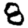
Digit: 8